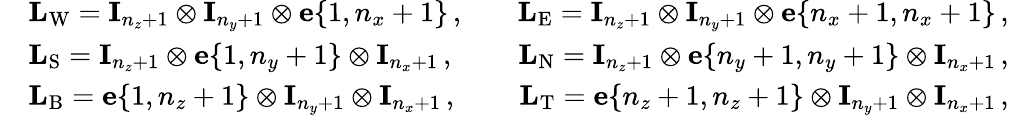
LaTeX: \begin{array}{rlr}&{\mathbf L_{\mathrm{W}}=\mathbf I_{n_{z}+1}\otimes\mathbf I_{n_{y}+1}\otimes\mathbf e\{ 1,n_{x}+1\} \, ,\quad}&{\mathbf L_{\mathrm{E}}=\mathbf I_{n_{z}+1}\otimes\mathbf I_{n_{y}+1}\otimes\mathbf e\{ n_{x}+1,n_{x}+1\} \, ,}\\ &{\mathbf L_{\mathrm{S}}=\mathbf I_{n_{z}+1}\otimes\mathbf e\{ 1,n_{y}+1\} \otimes\mathbf I_{n_{x}+1}\, ,\quad}&{\mathbf L_{\mathrm{N}}=\mathbf I_{n_{z}+1}\otimes\mathbf e\{ n_{y}+1,n_{y}+1\} \otimes\mathbf I_{n_{x}+1}\, ,}\\ &{\mathbf L_{\mathrm{B}}=\mathbf e\{ 1,n_{z}+1\} \otimes\mathbf I_{n_{y}+1}\otimes\mathbf I_{n_{x}+1}\, ,\quad}&{\mathbf L_{\mathrm{T}}=\mathbf e\{ n_{z}+1,n_{z}+1\} \otimes\mathbf I_{n_{y}+1}\otimes\mathbf I_{n_{x}+1}\, ,}\end{array}